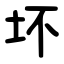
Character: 坏